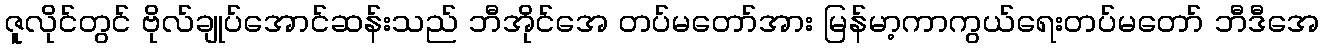
ဇူလိုင်တွင် ဗိုလ်ချုပ်အောင်ဆန်းသည် ဘီအိုင်အေ တပ်မတော်အား မြန်မာ့ကာကွယ်ရေးတပ်မတော် ဘီဒီအေ